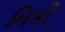
નિકી